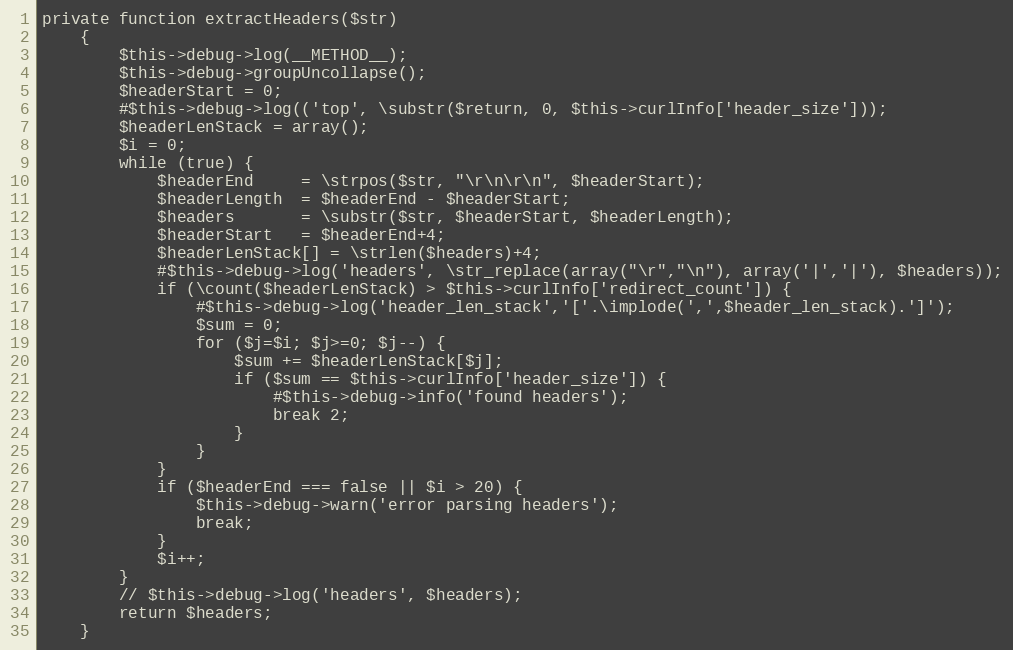
Language: PHP
private function extractHeaders($str)
    {
        $this->debug->log(__METHOD__);
        $this->debug->groupUncollapse();
        $headerStart = 0;
        #$this->debug->log(('top', \substr($return, 0, $this->curlInfo['header_size']));
        $headerLenStack = array();
        $i = 0;
        while (true) {
            $headerEnd     = \strpos($str, "\r\n\r\n", $headerStart);
            $headerLength  = $headerEnd - $headerStart;
            $headers       = \substr($str, $headerStart, $headerLength);
            $headerStart   = $headerEnd+4;
            $headerLenStack[] = \strlen($headers)+4;
            #$this->debug->log('headers', \str_replace(array("\r","\n"), array('|','|'), $headers));
            if (\count($headerLenStack) > $this->curlInfo['redirect_count']) {
                #$this->debug->log('header_len_stack','['.\implode(',',$header_len_stack).']');
                $sum = 0;
                for ($j=$i; $j>=0; $j--) {
                    $sum += $headerLenStack[$j];
                    if ($sum == $this->curlInfo['header_size']) {
                        #$this->debug->info('found headers');
                        break 2;
                    }
                }
            }
            if ($headerEnd === false || $i > 20) {
                $this->debug->warn('error parsing headers');
                break;
            }
            $i++;
        }
        // $this->debug->log('headers', $headers);
        return $headers;
    }